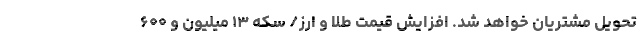
تحویل مشتریان خواهد شد. افزایش قیمت‌ طلا و ارز/ سکه ۱۳ میلیون و ۶۰۰